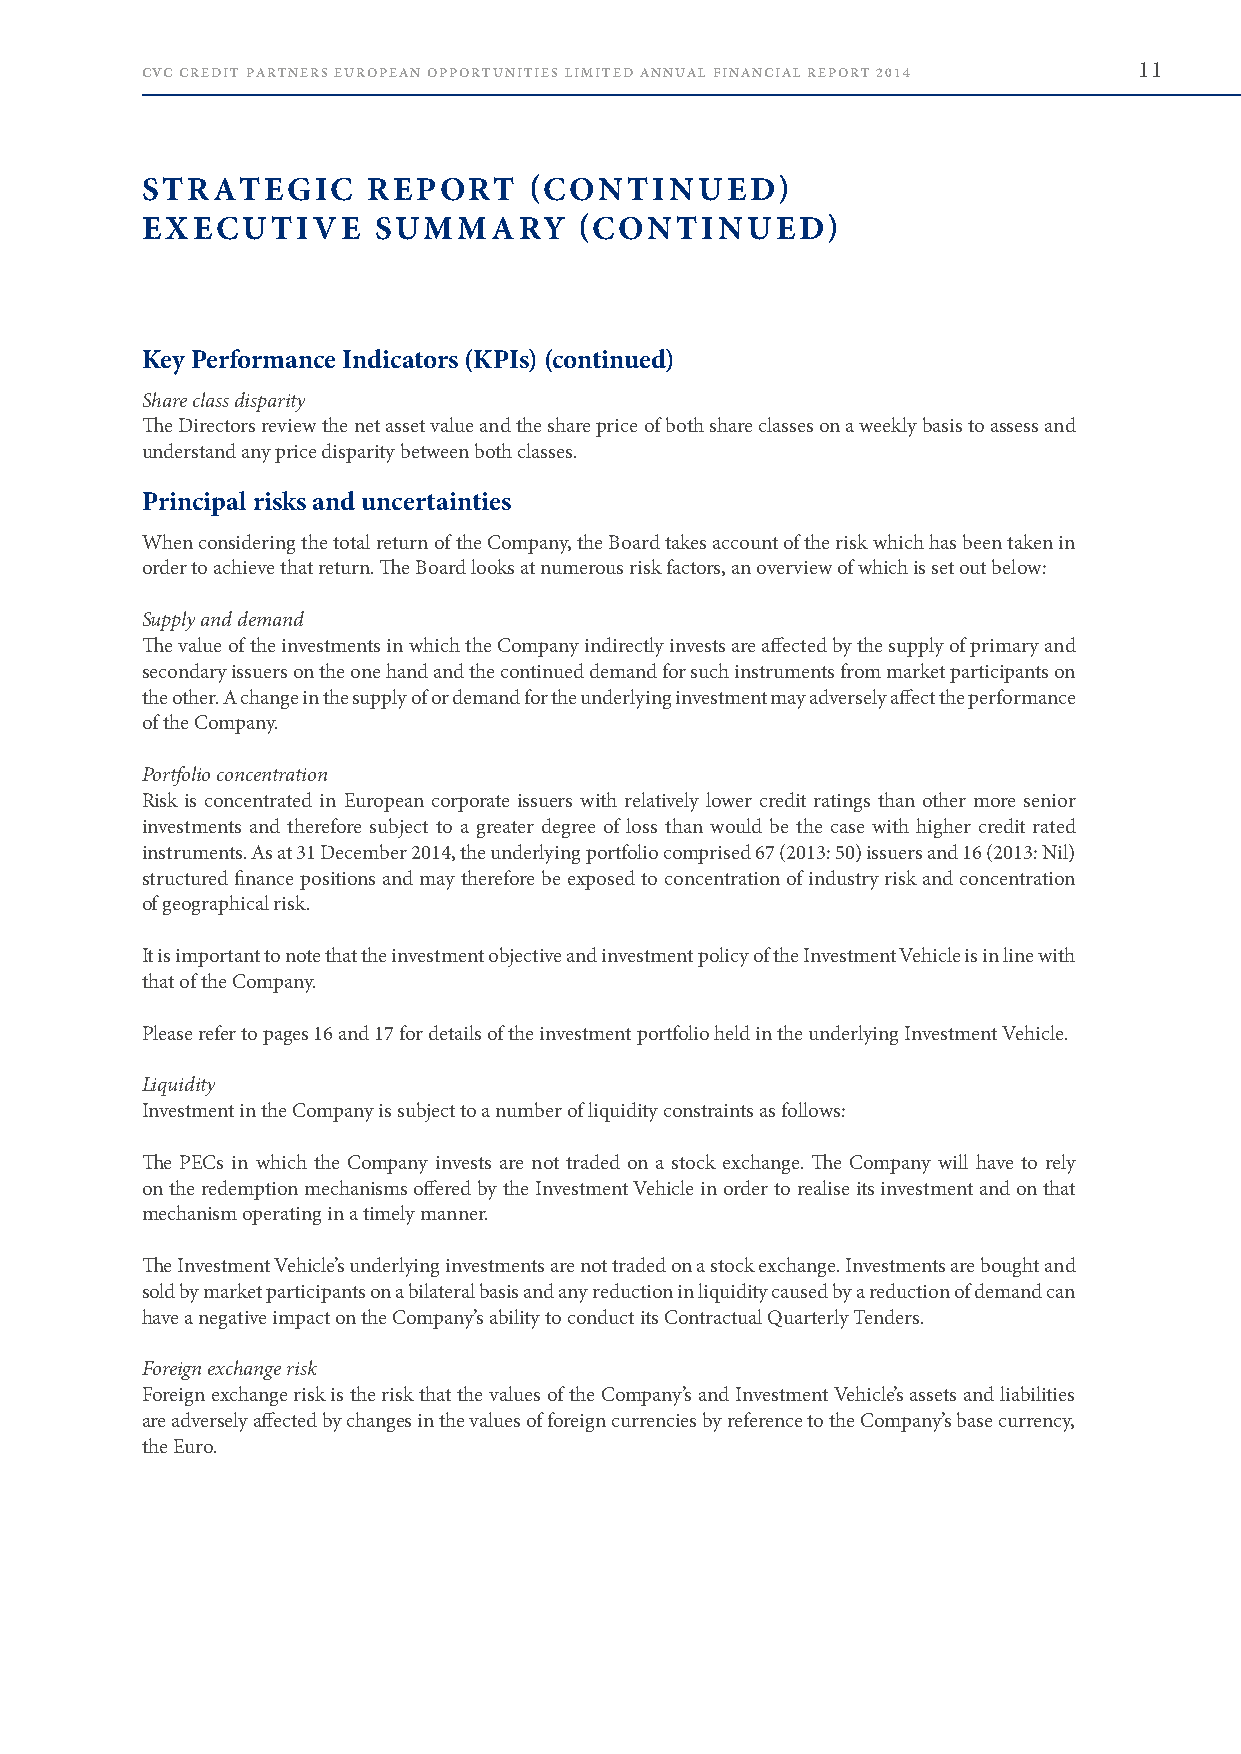
CVC CREDIT PARTNERS EUROPEAN OPPORTUNITIES LIMITED ANNUAL FINANCIAL REPORT 2014 11
 STRATEGIC      REPORT     (CONTINUED)
 EXECUTIVE       SUMMARY      (CONTINUED)
 Key Performance Indicators (KPIs) (continued)
 Share class disparity
 The Directors review the net asset value and the share price of both share classes on a weekly basis to assess and
 understand any price disparity between both classes .
 Principal risks and uncertainties
 When considering the total return of the Company, the Board takes account of the risk which has been taken in
 order to achieve that return . The Board looks at numerous risk factors, an overview of which is set out below:
 Supply and demand
 The value of the investments in which the Company indirectly invests are affected by the supply of primary and
 secondary issuers on the one hand and the continued demand for such instruments from market participants on
 the other . A change in the supply of or demand for the underlying investment may adversely affect the performance
 of the Company .
 Portfolio concentration
 Risk is concentrated in European corporate issuers with relatively lower credit ratings than other more senior
 investments and therefore subject to a greater degree of loss than would be the case with higher credit rated
 instruments . As at 31 December 2014, the underlying portfolio comprised 67 (2013: 50) issuers and 16 (2013: Nil)
 structured finance positions and may therefore be exposed to concentration of industry risk and concentration
 of geographical risk .
 It is important to note that the investment objective and investment policy of the Investment Vehicle is in line with
 that of the Company .
 Please refer to pages 16 and 17 for details of the investment portfolio held in the underlying Investment Vehicle .
 Liquidity
 Investment in the Company is subject to a number of liquidity constraints as follows:
 The PECs in which the Company invests are not traded on a stock exchange . The Company will have to rely
 on the redemption mechanisms offered by the Investment Vehicle in order to realise its investment and on that
 mechanism operating in a timely manner .
 The Investment Vehicle’s underlying investments are not traded on a stock exchange . Investments are bought and
 sold by market participants on a bilateral basis and any reduction in liquidity caused by a reduction of demand can
 have a negative impact on the Company’s ability to conduct its Contractual Quarterly Tenders .
 Foreign exchange risk
 Foreign exchange risk is the risk that the values of the Company’s and Investment Vehicle’s assets and liabilities
 are adversely affected by changes in the values of foreign currencies by reference to the Company’s base currency,
 the Euro .